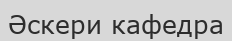
Әскери кафедра